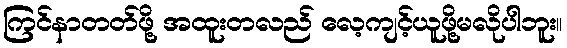
ကြင်နာတတ်ဖို့ အထူးတလည် လေ့ကျင့်ယူဖို့မလိုပါဘူး။